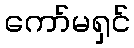
ကော်မရှင်